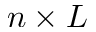
n \times L